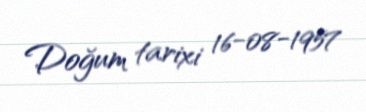
Doğum tarixi 16-08-1957